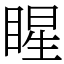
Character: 睲